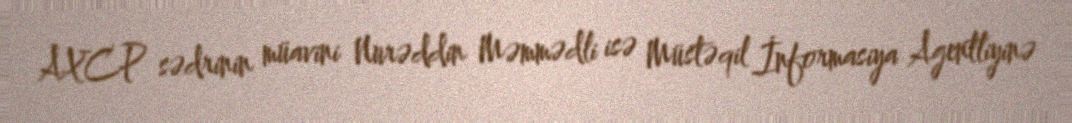
AXCP sədrinin müavini Nurəddin Məmmədli isə Müstəqil İnformasiya Agentliyinə